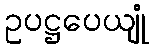
ဥပဋ္ဌပေယျုံ